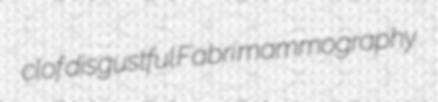
clof disgustful Fabri mammography